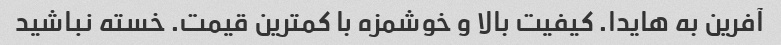
آفرین به هایدا. کیفیت بالا و خوشمزه با کمترین قیمت. خسته نباشید